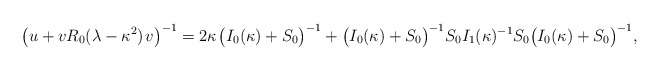
\begin{align*}\big(u+vR_0(\lambda-\kappa^2)\;\!v\big)^{-1}=2\kappa\;\!\big(I_0(\kappa)+S_0\big)^{-1}+\big(I_0(\kappa)+S_0\big)^{-1}S_0I_1(\kappa)^{-1}S_0\big(I_0(\kappa)+S_0\big)^{-1},\end{align*}